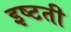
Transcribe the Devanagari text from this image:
इष्टती